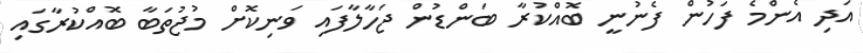
އަދި އެންމެ ފަހުން ފެނުނީ ބޮއްކުރާ ބަންޑުން ޖަހާލާފައި ވަނިކޮށް މުޖުތަބާ ބޮއްކުރާގައި